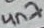
Text: 4n7